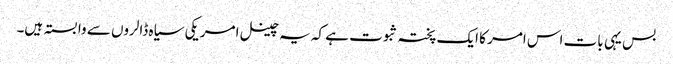
بس یہی بات اس امر کا ایک پختہ ثبوت ہے کہ یہ چینل امریکی سیاہ ڈالروں سے وابستہ ہیں۔